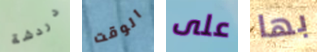
دردشة الوقت على بها